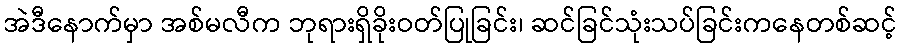
အဲဒီနောက်မှာ အစ်မလီက ဘုရားရှိခိုးဝတ်ပြုခြင်း၊ ဆင်ခြင်သုံးသပ်ခြင်းကနေတစ်ဆင့်